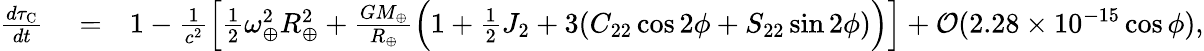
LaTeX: \begin{array}{rlr}{\frac{d\tau_{\mathrm{C}}}{dt}}&{{}=}&{1-\frac{1}{c^{2}}\Big[{\textstyle\frac{1}{2}}\omega_{\oplus}^{2}R_{\oplus}^{2}+\frac{GM_{\oplus}}{R_{\oplus}}\Big(1+{\textstyle\frac{1}{2}}J_{2}+3(C_{22}\cos 2\phi+S_{22}\sin 2\phi)\Big)\Big]+{\cal O}(2.28\times 10^{-15}\cos\phi),}\end{array}